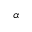
\alpha